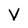
Character: V